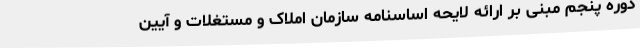
دوره پنجم مبنی بر ارائه لایحه اساسنامه سازمان املاک و مستغلات و آیین